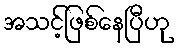
အသင့်ဖြစ်နေပြီဟု